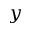
y